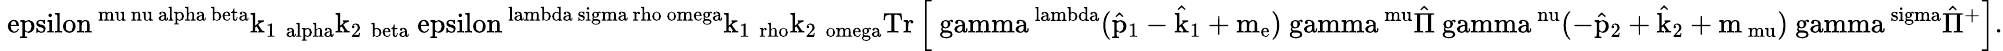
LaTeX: \mathrm{\ epsilon^{\ mu\ nu\ alpha\ beta}k_{1~\ alpha}k_{2~\ beta}\ epsilon^{\ lambda\ sigma\ rho\ omega}k_{1~\ rho}k_{2~\ omega}Tr\left[\ gamma^{\ lambda}(\hat{p}_{1}-\hat{k}_{1}+m_{e})\ gamma^{\ mu}\hat{\Pi}\ gamma^{\ nu}(-\hat{p}_{2}+\hat{k}_{2}+m_{\ mu})\ gamma^{\ sigma}\hat{\Pi}^{+}\right]}.